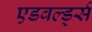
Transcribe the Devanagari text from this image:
एडवर्ल्ड्स